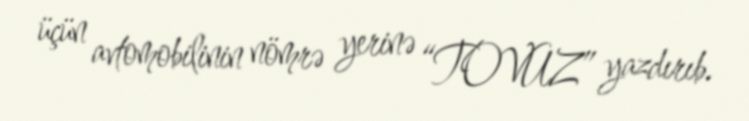
üçün avtomobilinin nömrə yerinə “TOVUZ” yazdırıb.